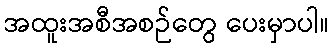
အထူးအစီအစဉ်တွေ ပေးမှာပါ။